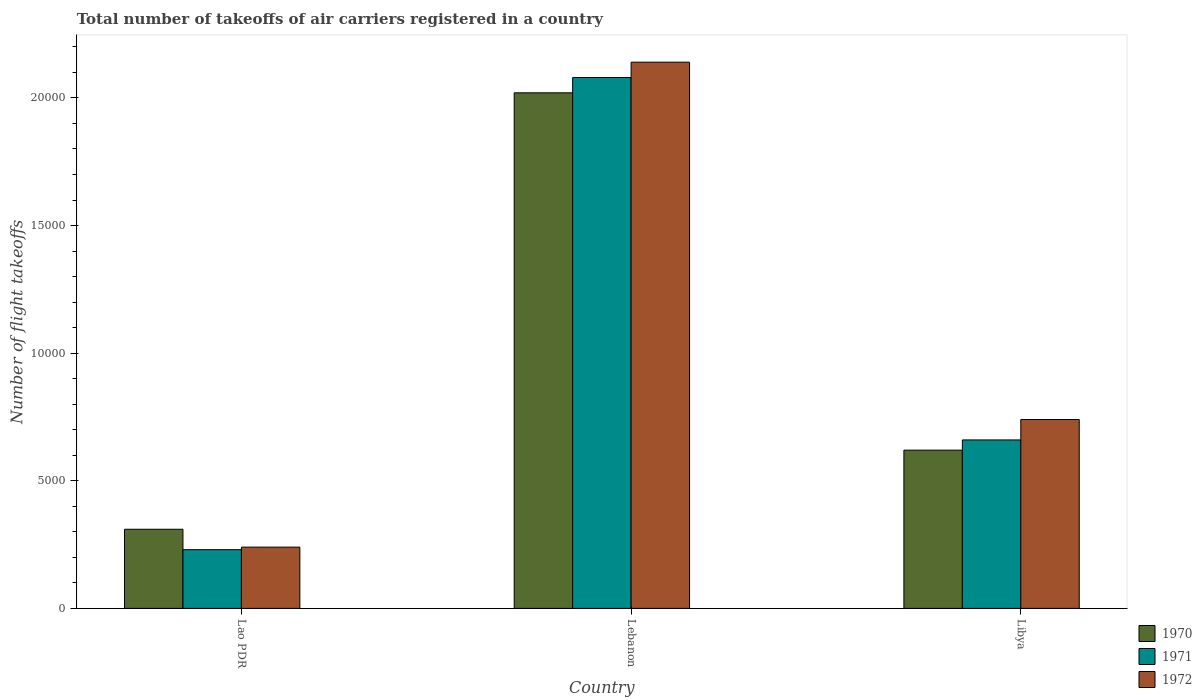
| Country | 1970 | 1971 | 1972 |
 | --- | --- | --- | --- |
 | Lao PDR | 3.1e+03 | 2.3e+03 | 2.4e+03 |
 | Lebanon | 2.02e+04 | 2.08e+04 | 2.14e+04 |
 | Libya | 6.2e+03 | 6.6e+03 | 7.4e+03 |